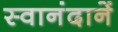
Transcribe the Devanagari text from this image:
स्वानंदानें